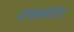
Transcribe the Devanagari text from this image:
सम्बन्धवाद